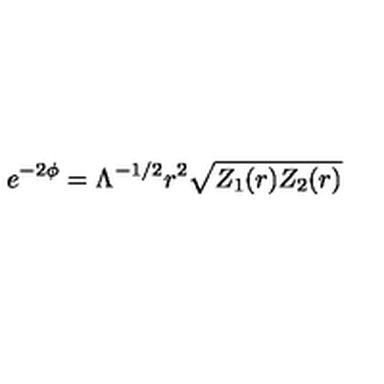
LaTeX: e ^ { - 2 \phi } = \Lambda ^ { - 1 / 2 } r ^ { 2 } \sqrt { Z _ { 1 } ( r ) Z _ { 2 } ( r ) }